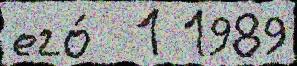
его́  1 1989